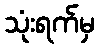
သုံးရက်မှ